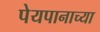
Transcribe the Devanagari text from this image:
पेयपानाच्या